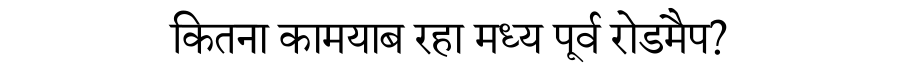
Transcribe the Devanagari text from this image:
कितना कामयाब रहा मध्य पूर्व रोडमैप?